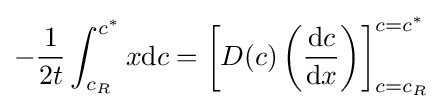
-{\frac {1}{2t}}\int _{c_{R}}^{c^{*}}x\mathrm {d} c=\left[D(c)\left({\frac {\mathrm {d} c}{\mathrm {d} x}}\right)\right]_{c=c_{R}}^{c=c^{*}}